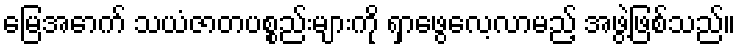
မြေအောက် သယံဇာတပစ္စည်းများကို ရှာဖွေလေ့လာမည့် အဖွဲ့ဖြစ်သည်။